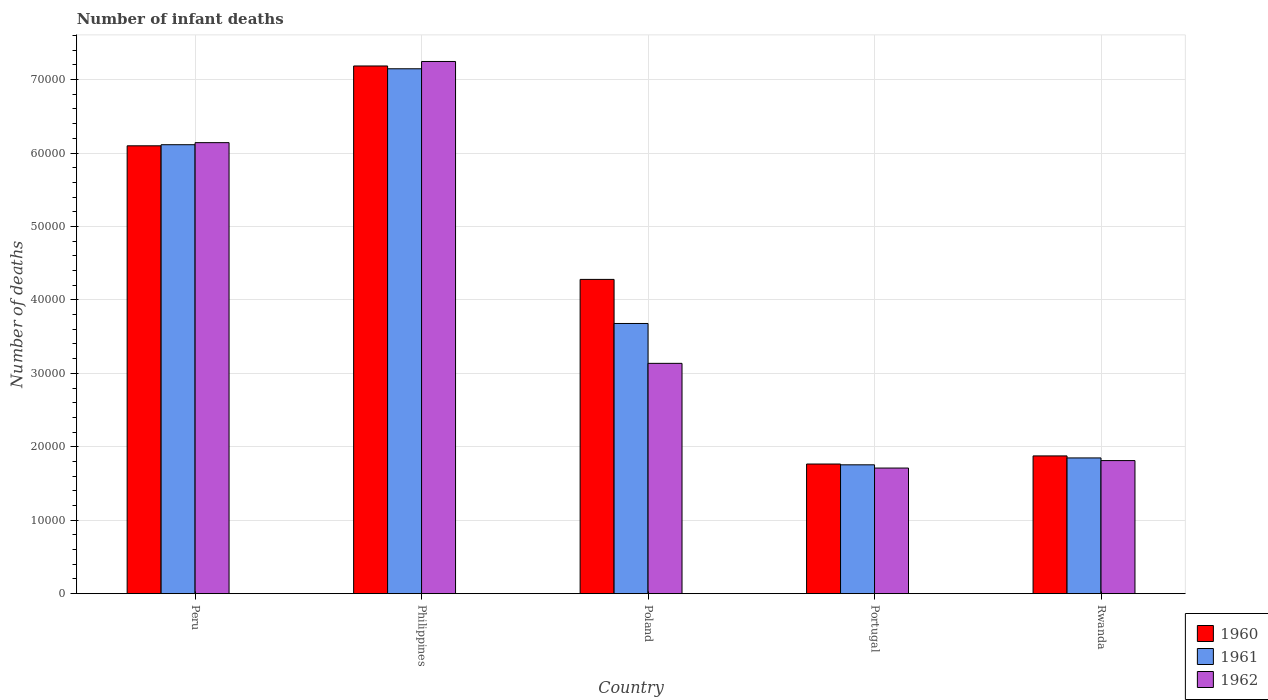
| Country | 1960 | 1961 | 1962 |
 | --- | --- | --- | --- |
 | Peru | 6.1e+04 | 6.11e+04 | 6.14e+04 |
 | Philippines | 7.18e+04 | 7.15e+04 | 7.25e+04 |
 | Poland | 4.28e+04 | 3.68e+04 | 3.14e+04 |
 | Portugal | 1.77e+04 | 1.75e+04 | 1.71e+04 |
 | Rwanda | 1.88e+04 | 1.85e+04 | 1.81e+04 |